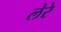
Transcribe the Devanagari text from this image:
लेरे